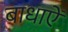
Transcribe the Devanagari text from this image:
बाधाऐं